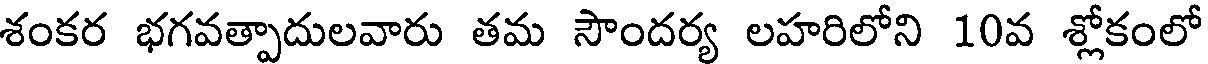
శంకర భగవత్పాదులవారు తమ సౌందర్య లహరిలోని 10వ శ్లోకంలో